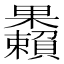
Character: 𣡚